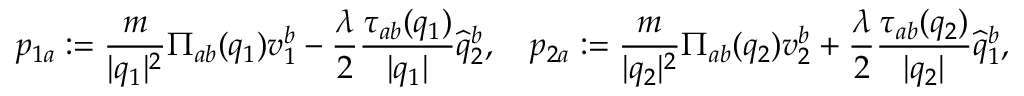
p _ { 1 a } : = \frac { m } { \vert q _ { 1 } \vert ^ { 2 } } \Pi _ { a b } ( q _ { 1 } ) v _ { 1 } ^ { b } - \frac { \lambda } { 2 } \frac { \tau _ { a b } ( q _ { 1 } ) } { \vert q _ { 1 } \vert } \widehat { q } _ { 2 } ^ { b } , \quad p _ { 2 a } : = \frac { m } { \vert q _ { 2 } \vert ^ { 2 } } \Pi _ { a b } ( q _ { 2 } ) v _ { 2 } ^ { b } + \frac { \lambda } { 2 } \frac { \tau _ { a b } ( q _ { 2 } ) } { \vert q _ { 2 } \vert } \widehat { q } _ { 1 } ^ { b } ,